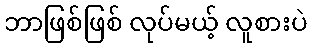
ဘာဖြစ်ဖြစ် လုပ်မယ့် လူစားပဲ